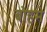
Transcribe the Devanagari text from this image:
बोहमे